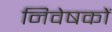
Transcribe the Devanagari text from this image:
निवेषकों